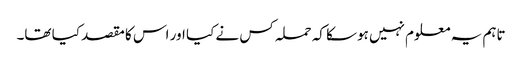
تاہم یہ معلوم نہیں ہوسکا کہ حملہ کس نے کیا اور اس کا مقصد کیا تھا۔